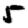
Digit: 5